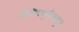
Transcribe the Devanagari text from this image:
तिरॅवेन्नैनलुर